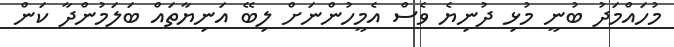
މުހައްމަދު ބުނީ މުޅި ދުނިޔެ ވެސް އެމީހުންނަށް ލިބޭ އަނިޔާތައް ބަލަމުންދާ ކަން